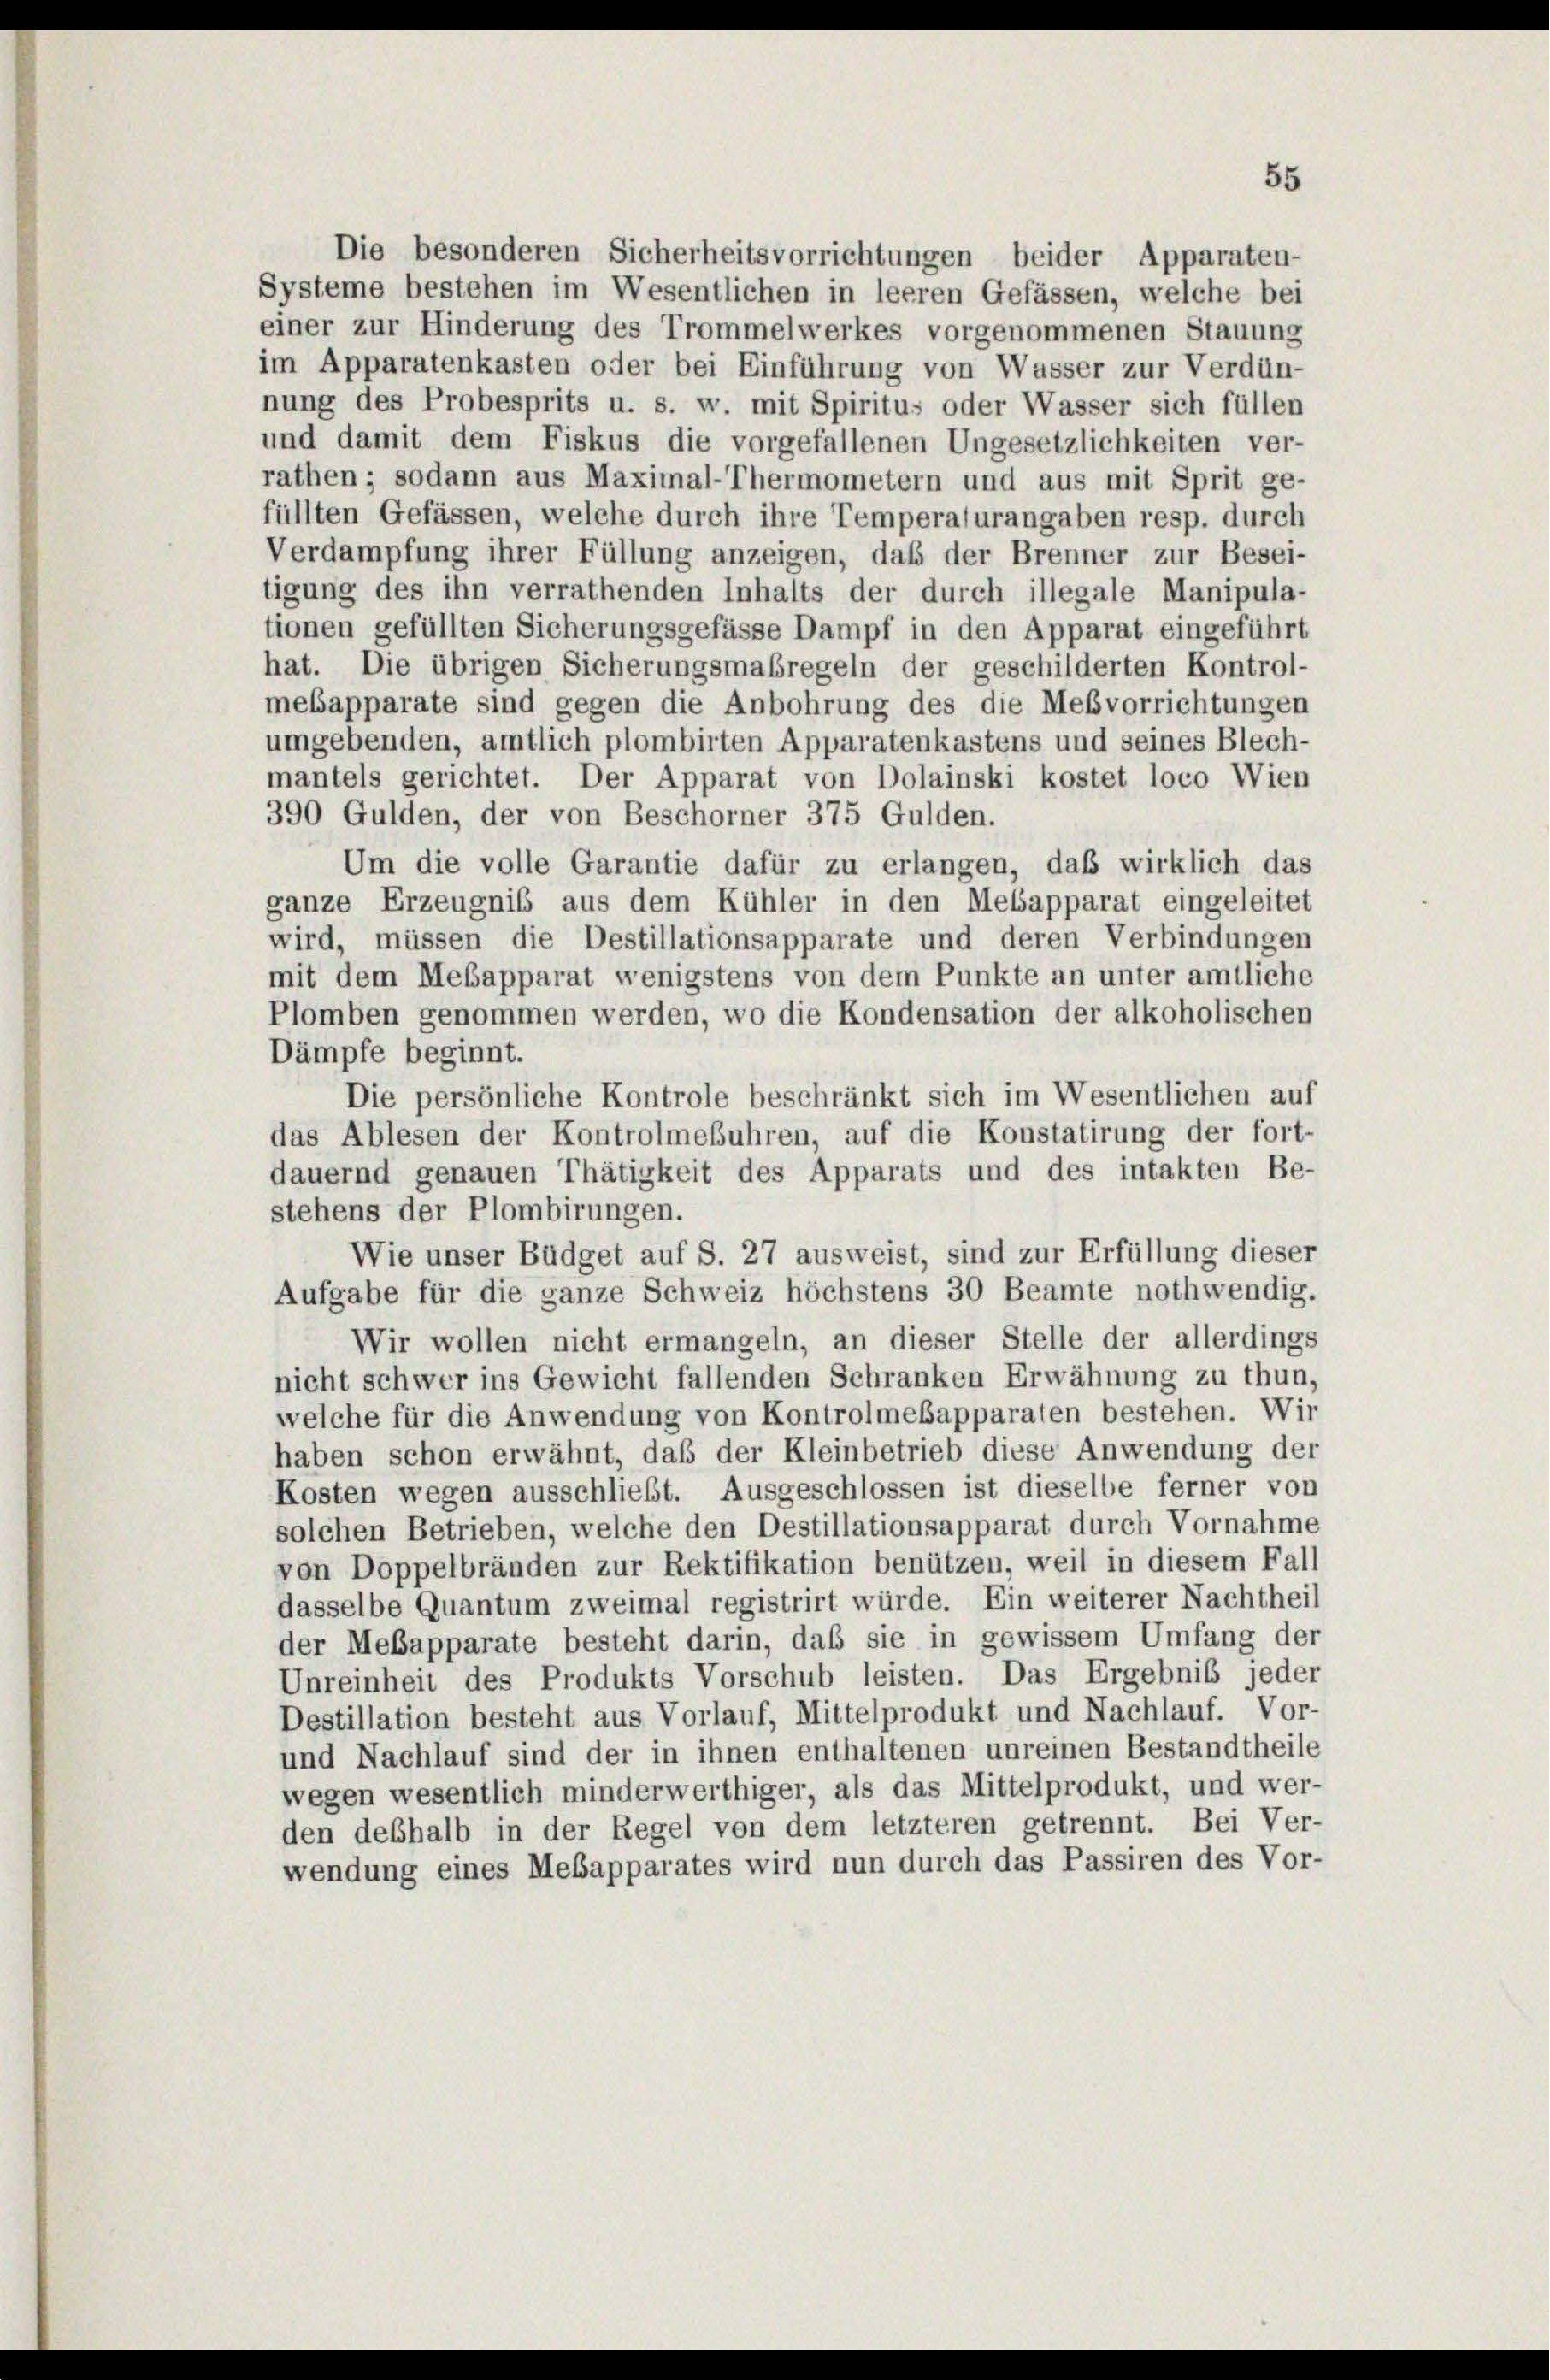
Die besonderen Sicherheitsvorrichtungen beider Apparaten-
Systeme bestehen im Wesentlichen in leeren Gefässen, welche bei
einer zur Hinderung des Trommelwerkes vorgenommenen Stauung
im Apparatenkasten oder bei Einführung von Wasser zur Verdün-
nung des Probesprits u. s. w. mit Spiritus oder Wasser sich füllen
und damit dem Fiskus die vorgefallenen Ungesetzlichkeiten ver-
rathen; sodann aus Maximal-Thermometern und aus mit Sprit ge-
füllten Gefässen, welche durch ihre Temperaturangaben resp. durch
Verdampfung ihrer Füllung anzeigen, daß der Brenner zur Besei-
tigung des ihn verrathenden Inhalts der durch illegale Manipula-
tionen gefüllten Sicherungsgefässe Dampf in den Apparat eingeführt
hat. Die übrigen Sicherungsmaßregeln der geschilderten Kontrol-
mebapparate sind gegen die Anbohrung des die Mesvorrichtungen
umgebenden, amtlich plombirten Apparatenkastens und seines Blech-
mantels gerichtet. Der Apparat von Dolainski kostet loco Wien
390 Gulden, der von Beschorner 375 Gulden.
Um die volle Garantie dafür zu erlangen, daß wirklich das
ganze Erzeugnis aus dem Kühler in den Mebapparat eingeleitet
wird, müssen die Destillationsapparate und deren Verbindungen
mit dem Mesapparat wenigstens von dem Punkte an unter amtliche
Plomben genommen werden, wo die Kondensation der alkoholischen
Dämpfe beginnt.
Die persönliche Kontrole beschränkt sich im Wesentlichen auf
das Ablesen der Kontrolmebuhren, auf die Konstatirung der fort-
dauernd genauen Thätigkeit des Apparats und des intakten Be-
stehens der Plombirungen.
Wie unser Büdget auf S. 27 ausweist, sind zur Erfüllung dieser
Aufgabe für die ganze Schweiz höchstens 30 Beamte nothwendig.
Wir wollen nicht ermangeln, an dieser Stelle der allerdings
nicht schwer ins Gewicht fallenden Schranken Erwähnung zu thun,
welche für die Anwendung von Kontrolmesapparaten bestehen. Wir
haben schon erwähnt, daß der Kleinbetrieb diese Anwendung der
Kosten wegen ausschließt. Ausgeschlossen ist dieselbe ferner von
solchen Betrieben, welche den Destillationsapparat durch Vornahme
von Doppelbränden zur Rektifikation benützen, weil in diesem Fall
dasselbe Quantum zweimal registrirt würde. Ein weiterer Nachtheil
der Mebapparate besteht darin, daß sie in gewissem Umfang der
Unreinheit des Produkts Vorschub leisten. Das Ergebnis jeder
Destillation besteht aus Vorlauf, Mittelprodukt und Nachlauf. Vor-
und Nachlauf sind der in ihnen enthaltenen unreinen Bestandtheile
wegen wesentlich minderwerthiger, als das Mittelprodukt, und wer-
den deshalb in der Regel von dem letzteren getrennt. Bei Ver-
wendung eines Mebapparates wird nun durch das Passiren des Vor-

55